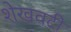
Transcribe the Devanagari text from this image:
शेखवटी